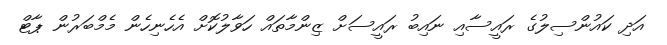
އަދި ކައުންސިލުގެ ރައީސާއި ނައިބު ރައީސަށް ޒިންމާތައް ހަވާލުކޮށް އެހެނިހެން މެމްބަރުން ޕާޓް